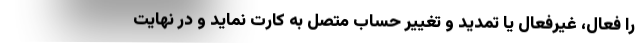
را فعال، غیرفعال یا تمدید و تغییر حساب متصل به کارت نماید و در نهایت